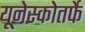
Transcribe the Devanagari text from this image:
यूनेस्कोतर्फे